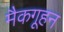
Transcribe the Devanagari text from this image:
मैकगूहन